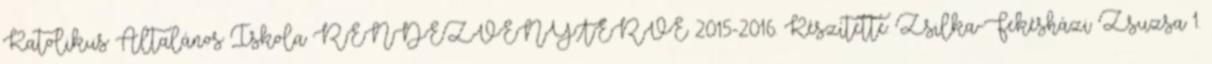
Katolikus Általános Iskola RENDEZVÉNYTERVE 2015-2016. Készítette: Zsilka-Fekésházi Zsuzsa 1.